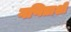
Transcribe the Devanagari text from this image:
गणिताशी